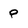
Character: P